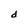
Character: d